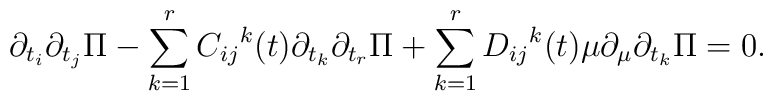
\partial_{t_{i}}\partial_{t_{j}}\Pi-\sum_{k=1}^{r}{C_{ij}}^{k}(t)\partial_{t_{k}}\partial_{t_{r}}\Pi+\sum_{k=1}^{r}{D_{ij}}^{k}(t) \mu\partial_{\mu}\partial_{t_{k}}\Pi=0.